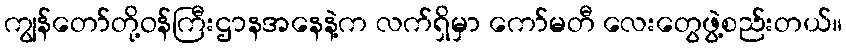
ကျွန်တော်တို့ဝန်ကြီးဌာနအနေနဲ့က လက်ရှိမှာ ကော်မတီ လေးတွေဖွဲ့စည်းတယ်။